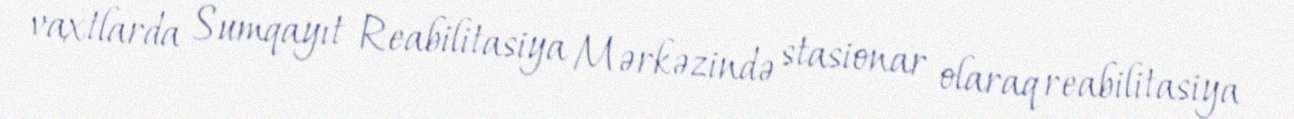
vaxtlarda Sumqayıt Reabilitasiya Mərkəzində stasionar olaraq reabilitasiya